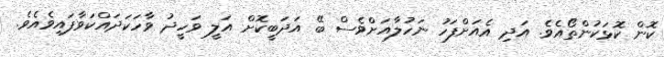
ކޮން ކޮޅަކުންތޯއެވެ. އަދި އެއަށްފަހު ނަހުލާއަށްވެސް ބޭ އަދަބީކޮށް އަލީ ވަހީދު ވާހަކަދައްކަވާފައިވެއެވެ.